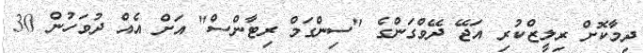
ދިމާކޮށް ރިލީޒްކުރި އަޖޭ ދޭވްގަންގެ "ސިންގަމް ރިޓާންސް" އަށް އެއް ދުވަހުން 30